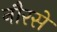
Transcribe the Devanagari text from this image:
नौरसे